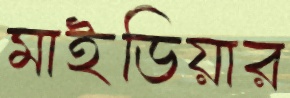
মাইডিয়ার